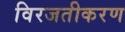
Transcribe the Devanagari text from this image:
विरजतीकरण